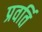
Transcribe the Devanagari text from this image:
प्रवर्ति